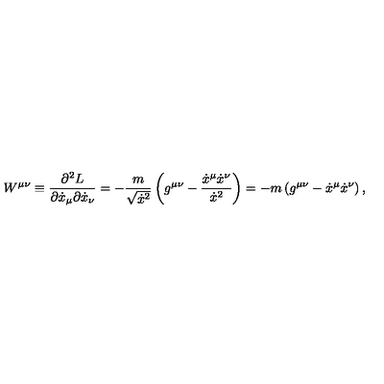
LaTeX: W ^ { \mu \nu } \equiv \frac { \partial ^ { 2 } L } { \partial \dot { x } _ { \mu } \partial \dot { x } _ { \nu } } = - \frac { m } { \sqrt { \dot { x } ^ { 2 } } } \left( g ^ { \mu \nu } - \frac { \dot { x } ^ { \mu } \dot { x } ^ { \nu } } { \dot { x } ^ { 2 } } \right) = - m \left( g ^ { \mu \nu } - \dot { x } ^ { \mu } \dot { x } ^ { \nu } \right) ,